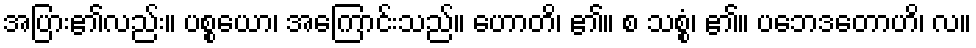
အပြား၏လည်း။ ပစ္စယော၊ အကြောင်းသည်။ ဟောတိ၊ ၏။ စ သစ္စံ၊ ၏။ ပဘေဒတောဟိ၊ လ။